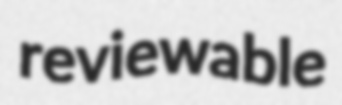
reviewable